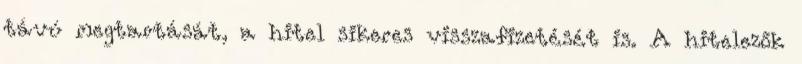
távú megtartását, a hitel sikeres visszafizetését is. A hitelezők